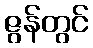
ဇွန်တွင်